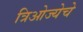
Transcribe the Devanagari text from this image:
त्रिओज्येचे